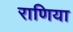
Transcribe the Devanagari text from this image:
राणिया